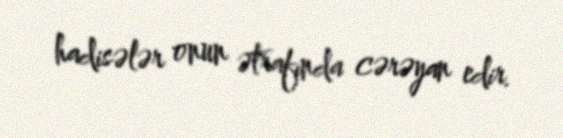
hadisələr onun ətrafında cərəyan edir.